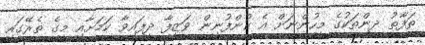
ތަފާތު ދީންތަކުގެ މީހުންނަށް އެ ކުންފުނިން ވަޒީފާ ދީފައިވާ ކަމަށާއި މީގެ ތެރޭގައި